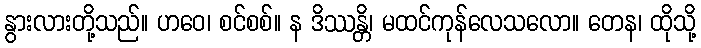
နွားလားတို့သည်။ ဟဝေ၊ စင်စစ်။ န ဒိဿန္တိ၊ မထင်ကုန်လေသလော။ တေန၊ ထိုသို့